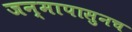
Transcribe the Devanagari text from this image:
जन्मापासुनच